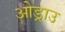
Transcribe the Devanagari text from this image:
ओड्राउ